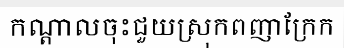
កណ្តាលចុះជួយស្រុកពញាក្រែក